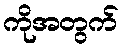
ကိုအတွက်